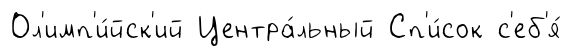
Ол'имп'и́йск'ий Центра́льный Сп'и́сок с'еб'я́